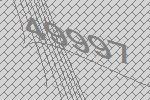
49997